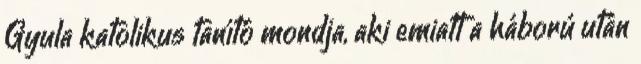
Gyula katolikus tanító mondja, aki emiatt a háború után